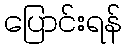
ပြောင်းရန်